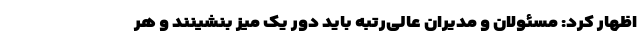
اظهار کرد: مسئولان و مدیران عالی‌رتبه باید دور یک میز بنشینند و هر